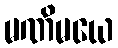
မဏိမယေ